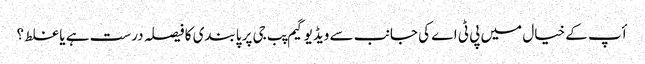
أپ کے خیال میں پی ٹی اے کی جانب سے ویڈیو گیم پب جی پر پابندی کا فیصلہ درست ہے یا غلط ؟